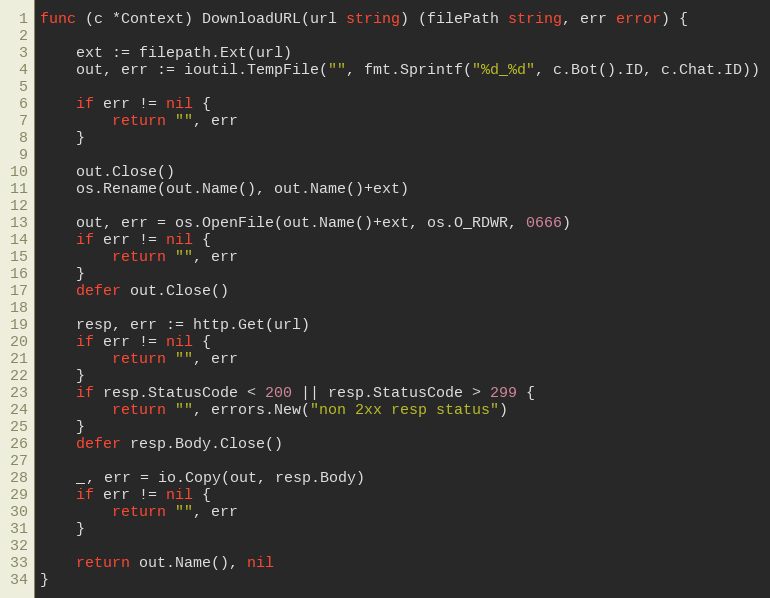
Language: Go
func (c *Context) DownloadURL(url string) (filePath string, err error) {

	ext := filepath.Ext(url)
	out, err := ioutil.TempFile("", fmt.Sprintf("%d_%d", c.Bot().ID, c.Chat.ID))

	if err != nil {
		return "", err
	}

	out.Close()
	os.Rename(out.Name(), out.Name()+ext)

	out, err = os.OpenFile(out.Name()+ext, os.O_RDWR, 0666)
	if err != nil {
		return "", err
	}
	defer out.Close()

	resp, err := http.Get(url)
	if err != nil {
		return "", err
	}
	if resp.StatusCode < 200 || resp.StatusCode > 299 {
		return "", errors.New("non 2xx resp status")
	}
	defer resp.Body.Close()

	_, err = io.Copy(out, resp.Body)
	if err != nil {
		return "", err
	}

	return out.Name(), nil
}